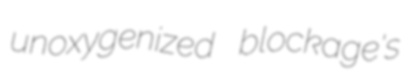
unoxygenized blockage's